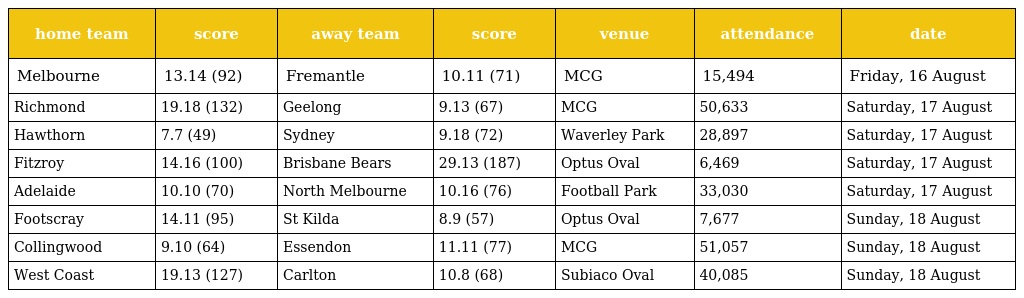
| home team | score | away team | score | venue | attendance | date |
 | --- | --- | --- | --- | --- | --- | --- |
 | Melbourne | 13.14 (92) | Fremantle | 10.11 (71) | MCG | 15,494 | Friday, 16 August |
 | Richmond | 19.18 (132) | Geelong | 9.13 (67) | MCG | 50,633 | Saturday, 17 August |
 | Hawthorn | 7.7 (49) | Sydney | 9.18 (72) | Waverley Park | 28,897 | Saturday, 17 August |
 | Fitzroy | 14.16 (100) | Brisbane Bears | 29.13 (187) | Optus Oval | 6,469 | Saturday, 17 August |
 | Adelaide | 10.10 (70) | North Melbourne | 10.16 (76) | Football Park | 33,030 | Saturday, 17 August |
 | Footscray | 14.11 (95) | St Kilda | 8.9 (57) | Optus Oval | 7,677 | Sunday, 18 August |
 | Collingwood | 9.10 (64) | Essendon | 11.11 (77) | MCG | 51,057 | Sunday, 18 August |
 | West Coast | 19.13 (127) | Carlton | 10.8 (68) | Subiaco Oval | 40,085 | Sunday, 18 August |